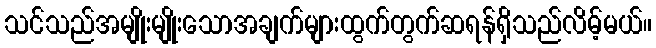
သင်သည်အမျိုးမျိုးသောအချက်များထွက်တွက်ဆရန်ရှိသည်လိမ့်မယ်။